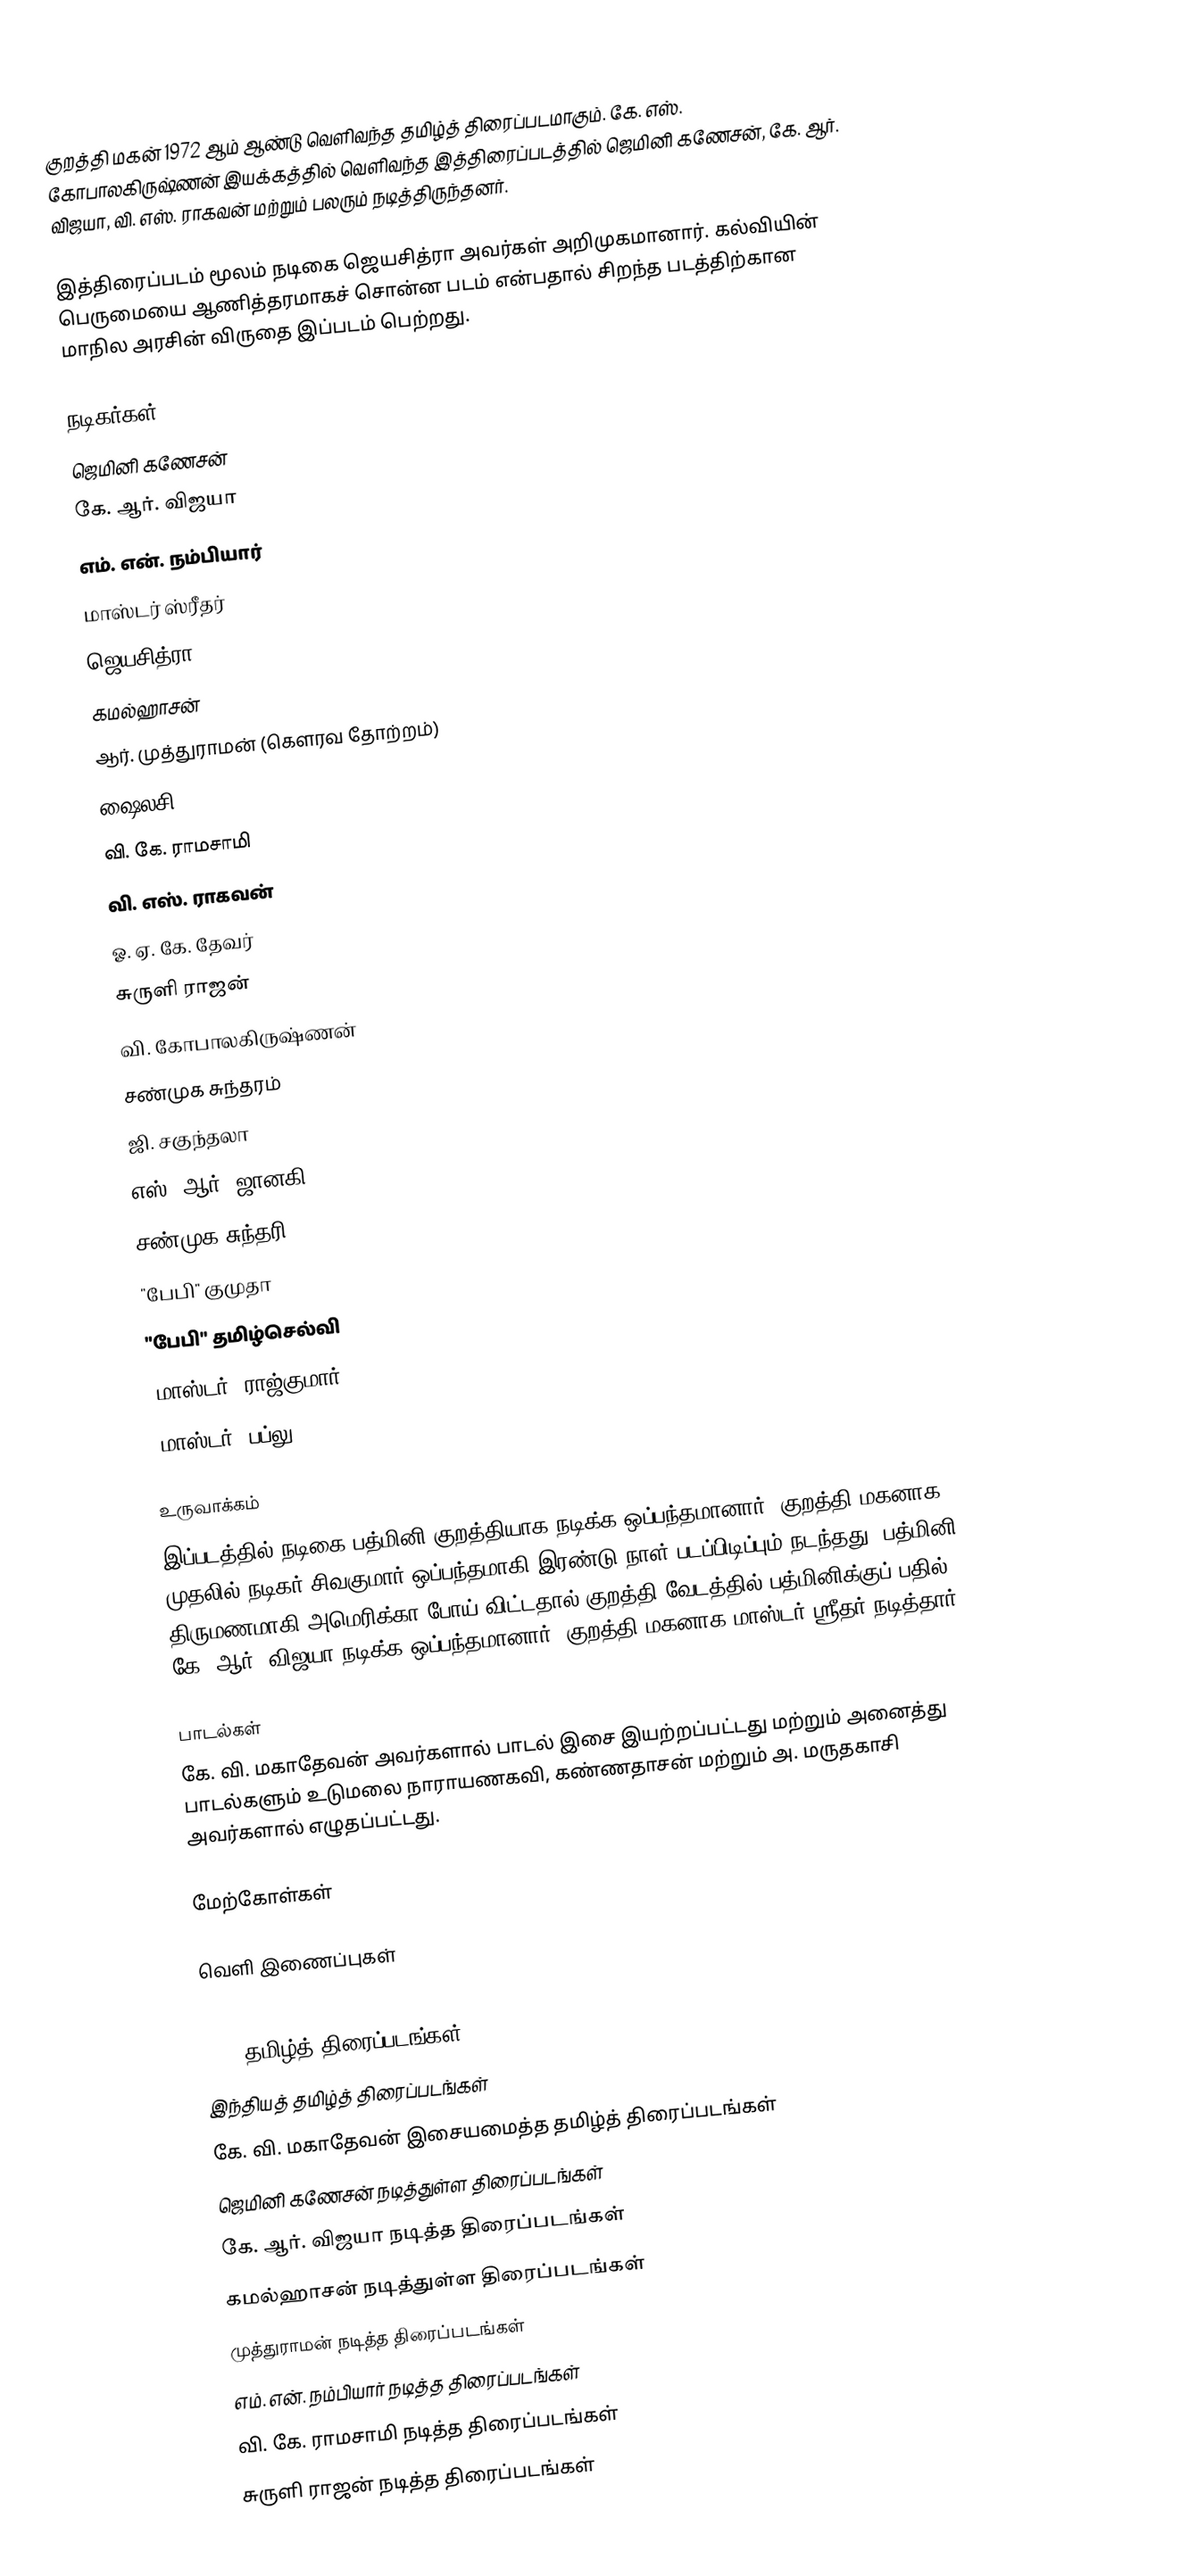
குறத்தி மகன் 1972 ஆம் ஆண்டு வெளிவந்த தமிழ்த் திரைப்படமாகும். கே. எஸ். கோபாலகிருஷ்ணன் இயக்கத்தில் வெளிவந்த இத்திரைப்படத்தில் ஜெமினி கணேசன், கே. ஆர். விஜயா, வி. எஸ். ராகவன் மற்றும் பலரும் நடித்திருந்தனர்.

இத்திரைப்படம் மூலம் நடிகை ஜெயசித்ரா அவர்கள் அறிமுகமானார். கல்வியின் பெருமையை ஆணித்தரமாகச் சொன்ன படம் என்பதால் சிறந்த படத்திற்கான மாநில அரசின் விருதை இப்படம் பெற்றது.

நடிகர்கள்
 ஜெமினி கணேசன்
 கே. ஆர். விஜயா
 எம். என். நம்பியார்
 மாஸ்டர் ஸ்ரீதர்
 ஜெயசித்ரா
 கமல்ஹாசன்
 ஆர். முத்துராமன் (கௌரவ தோற்றம்)
 ஷைலசி
 வி. கே. ராமசாமி
 வி. எஸ். ராகவன்
 ஓ. ஏ. கே. தேவர்
 சுருளி ராஜன்
 வி. கோபாலகிருஷ்ணன்
 சண்முக சுந்தரம்
 ஜி. சகுந்தலா
 எஸ். ஆர். ஜானகி
 சண்முக சுந்தரி
 "பேபி" குமுதா
 "பேபி" தமிழ்செல்வி
 "மாஸ்டர்" ராஜ்குமார்
 "மாஸ்டர்" பப்லு

உருவாக்கம்
இப்படத்தில் நடிகை பத்மினி குறத்தியாக நடிக்க ஒப்பந்தமானார், குறத்தி மகனாக முதலில் நடிகர் சிவகுமார் ஒப்பந்தமாகி இரண்டு நாள் படப்பிடிப்பும் நடந்தது. பத்மினி திருமணமாகி அமெரிக்கா போய் விட்டதால் குறத்தி வேடத்தில் பத்மினிக்குப் பதில் கே. ஆர். விஜயா நடிக்க ஒப்பந்தமானார். குறத்தி மகனாக மாஸ்டர் ஸ்ரீதர் நடித்தார்.

பாடல்கள்
கே. வி. மகாதேவன் அவர்களால் பாடல் இசை இயற்றப்பட்டது மற்றும் அனைத்து பாடல்களும் உடுமலை நாராயணகவி, கண்ணதாசன் மற்றும் அ. மருதகாசி அவர்களால் எழுதப்பட்டது.

மேற்கோள்கள்

வெளி இணைப்புகள்

1972 தமிழ்த் திரைப்படங்கள்
இந்தியத் தமிழ்த் திரைப்படங்கள்
கே. வி. மகாதேவன் இசையமைத்த தமிழ்த் திரைப்படங்கள்
ஜெமினி கணேசன் நடித்துள்ள திரைப்படங்கள்
கே. ஆர். விஜயா நடித்த திரைப்படங்கள்
கமல்ஹாசன் நடித்துள்ள திரைப்படங்கள்
முத்துராமன் நடித்த திரைப்படங்கள்
எம். என். நம்பியார் நடித்த திரைப்படங்கள்
வி. கே. ராமசாமி நடித்த திரைப்படங்கள்
சுருளி ராஜன் நடித்த திரைப்படங்கள்